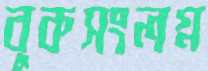
বুকসংলগ্ন